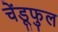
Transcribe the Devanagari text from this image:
चेंडूफुल